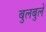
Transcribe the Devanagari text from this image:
बुलबुलें